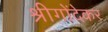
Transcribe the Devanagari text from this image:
श्रीगोंदेकर